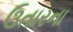
ઉતારના